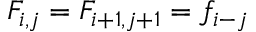
F _ { i , j } = F _ { i + 1 , j + 1 } = f _ { i - j }